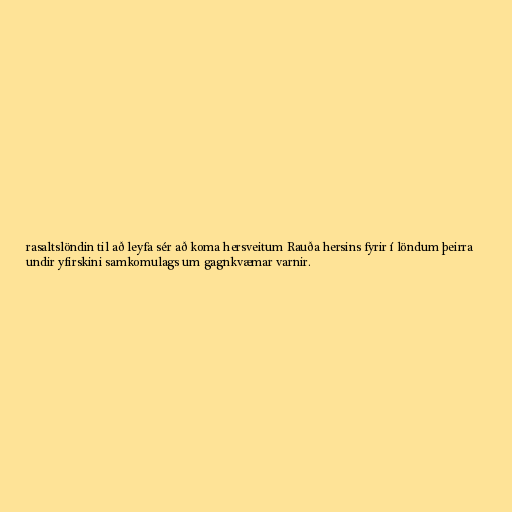
rasaltslöndin til að leyfa sér að koma hersveitum Rauða hersins fyrir í löndum þeirra
undir yfirskini samkomulags um gagnkvæmar varnir.